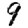
Digit: 9